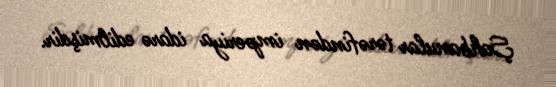
Şahbanular tərəfindən imperiya idarə edilmişdir.